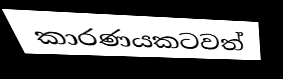
කාරණයකටවත්